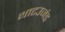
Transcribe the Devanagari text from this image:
थाटउजंड